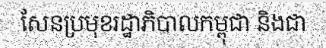
សែនប្រមុខរដ្ឋាភិបាលកម្ពុជា និងជា